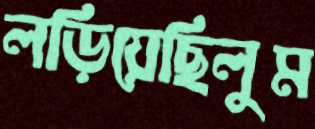
লড়িয়েছিলুম